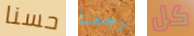
حسنا رجعنا كل